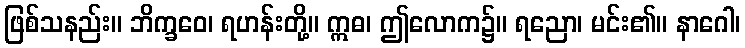
ဖြစ်သနည်း။ ဘိက္ခဝေ၊ ရဟန်းတို့။ ဣဓ၊ ဤလောက၌။ ရညော၊ မင်း၏။ နာဂေါ၊